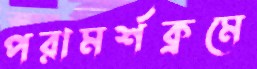
পরামর্শক্রমে